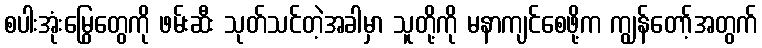
စပါးအုံးမြွေတွေကို ဖမ်းဆီး သုတ်သင်တဲ့အခါမှာ သူတို့ကို မနာကျင်စေဖို့က ကျွန်တော့်အတွက်